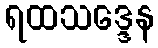
ရထသဒ္ဒေန